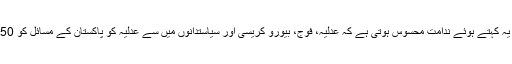
جسٹس صدیقی نے کہا کہ یہ کہتے ہوئے ندامت محسوس ہوتی ہے کہ عدلیہ، فوج، بیورو کریسی اور سیاستدانوں میں سے عدلیہ کو پاکستان کے مسائل کو 50 فی صد سبب سمجھتا ہوں۔